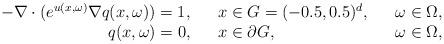
LaTeX: \begin{align*}\begin{array}{rclcr}-\nabla\cdot(e^{u(x,\omega)}\nabla q(x,\omega)) = 1, & & x\in G = (-0.5,0.5)^d, & & \omega\in\Omega,\\q(x,\omega) = 0,& & x\in \partial G,& &\omega\in\Omega,\end{array}\end{align*}